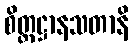
စိတ္တဋ္ဌာနသတာနိ